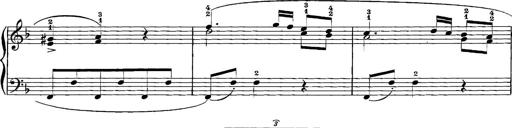
Title: 12 Sonatinas
Composer: Ignaz Pleyel